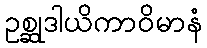
ဥစ္ဆုဒါယိကာဝိမာနံ